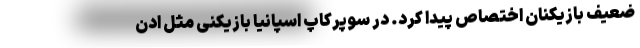
ضعیف بازیکنان اختصاص پیدا کرد. در سوپرکاپ اسپانیا بازیکنی مثل ادن